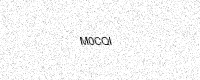
Text: M0CQI